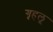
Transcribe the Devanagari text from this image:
गृहलू